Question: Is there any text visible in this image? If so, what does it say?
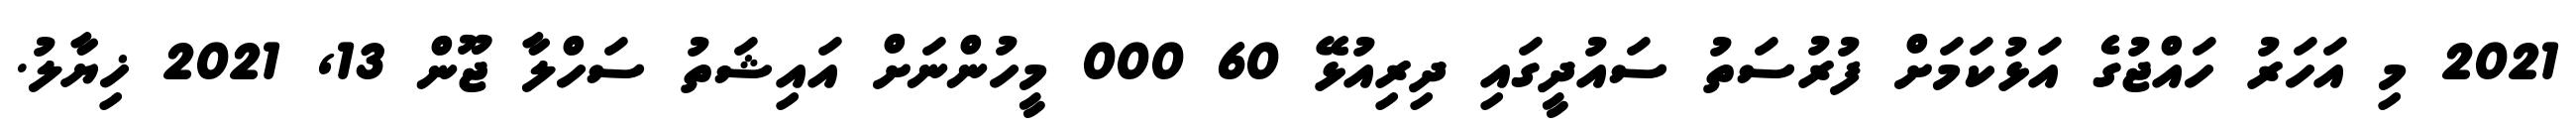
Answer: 2021 މި އަހަރު ހައްޖުގެ އަޅުކަމަށް ފުރުސަތު ސައުދީގައި ދިރިއުޅޭ 60 000 މީހުންނަށް އައިޝަތު ސަހްލާ ޖޫން 13, 2021 ޚިޔާލު.